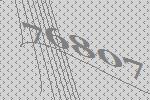
76807